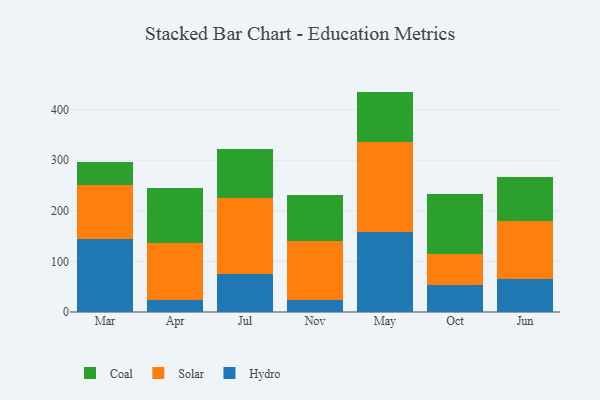
{"axis": {"x": "Month", "y": "Operating Costs (USD K)"}, "legend": ["Coal", "Hydro", "Solar"], "data": [{"x": "Mar", "y": 144.6, "type": "Hydro"}, {"x": "Mar", "y": 106.3, "type": "Solar"}, {"x": "Mar", "y": 45.7, "type": "Coal"}, {"x": "Apr", "y": 23.1, "type": "Hydro"}, {"x": "Apr", "y": 113.6, "type": "Solar"}, {"x": "Apr", "y": 107.7, "type": "Coal"}, {"x": "Jul", "y": 75.6, "type": "Hydro"}, {"x": "Jul", "y": 149.8, "type": "Solar"}, {"x": "Jul", "y": 96.0, "type": "Coal"}, {"x": "Nov", "y": 23.9, "type": "Hydro"}, {"x": "Nov", "y": 115.8, "type": "Solar"}, {"x": "Nov", "y": 92.1, "type": "Coal"}, {"x": "May", "y": 158.7, "type": "Hydro"}, {"x": "May", "y": 177.1, "type": "Solar"}, {"x": "May", "y": 99.8, "type": "Coal"}, {"x": "Oct", "y": 53.2, "type": "Hydro"}, {"x": "Oct", "y": 60.6, "type": "Solar"}, {"x": "Oct", "y": 120.3, "type": "Coal"}, {"x": "Jun", "y": 65.0, "type": "Hydro"}, {"x": "Jun", "y": 115.5, "type": "Solar"}, {"x": "Jun", "y": 85.6, "type": "Coal"}]}